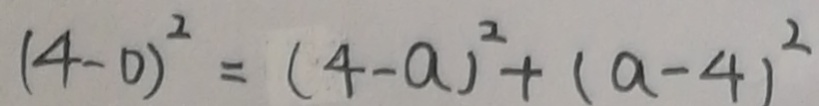
( 4 - 0 ) ^ { 2 } = ( 4 - a ) ^ { 2 } + ( a - 4 ) ^ { 2 }